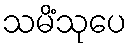
သမိံသုပေ